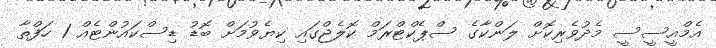
އެމްއީސީސީ މެދުވެރިކޮށް ލަންކާގެ ސްޕެކްޓްރަމް ކޮލެޖްގައި ކިޔެވުމަށް ބޮޑު ޑިސްކައުންޓެއް 1 ހަފްތާ